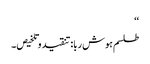
‘‘
طلسم ہوش ربا:تنقید وتلخیص۔